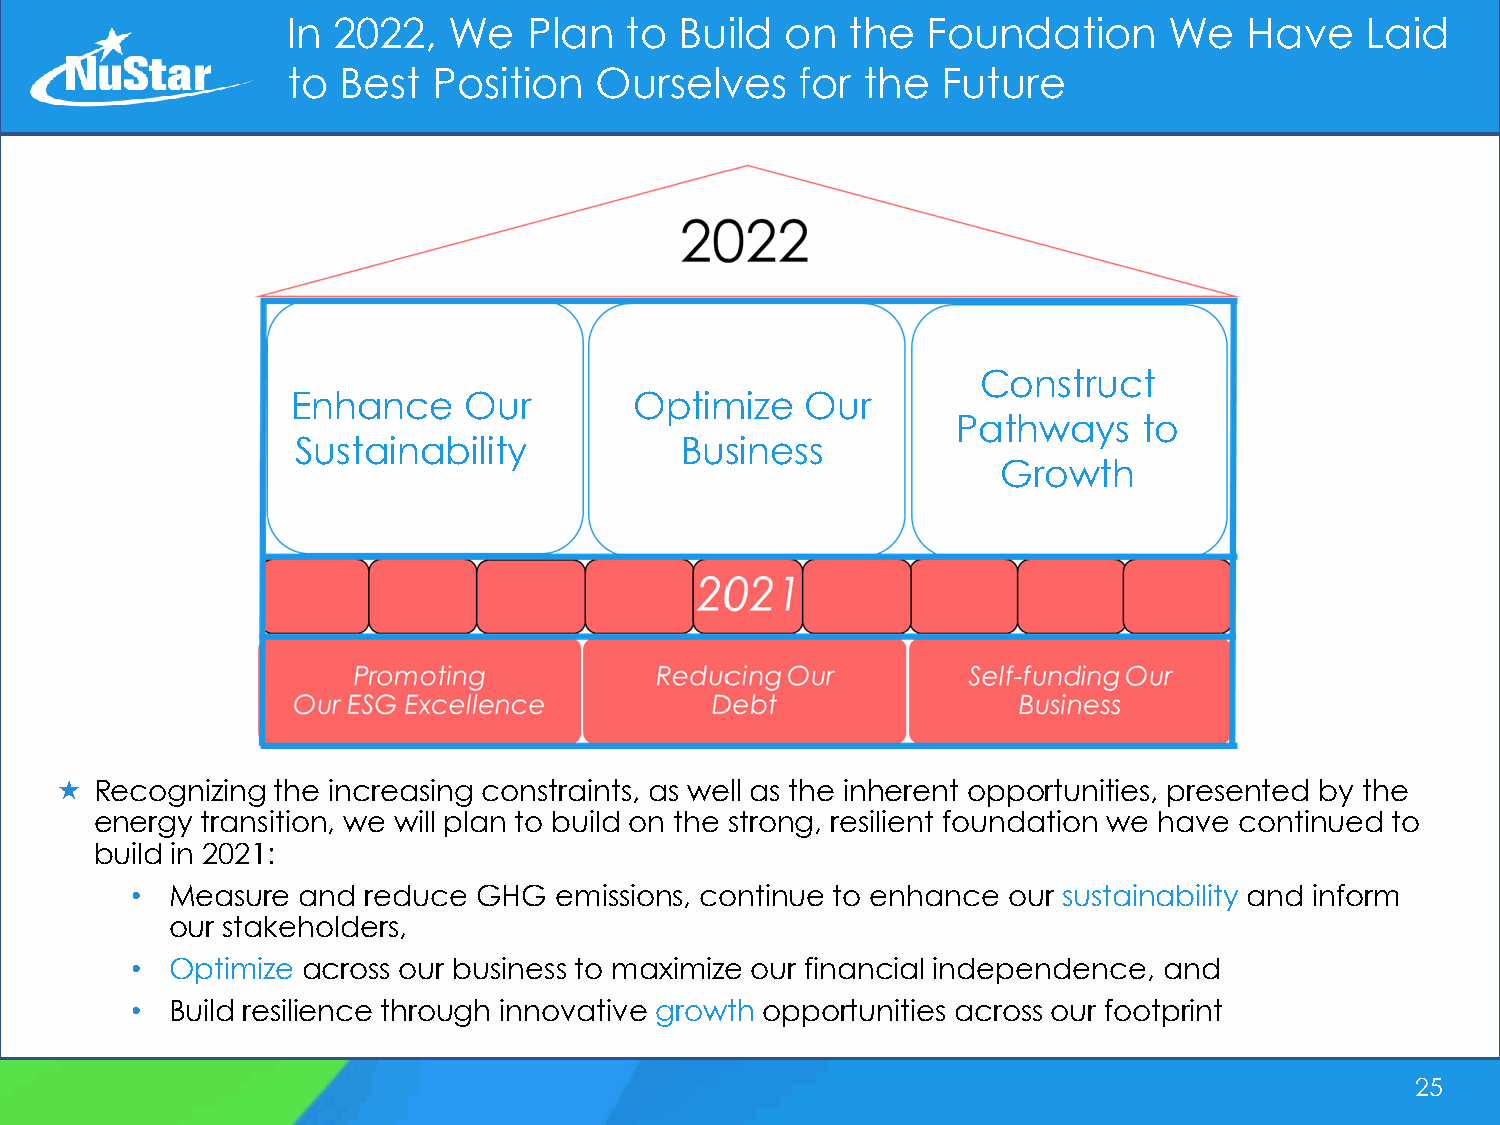
In 2022,   We   Plan  to  Build  on  the  Foundation      We    Have   Laid
 to Best   Position  Ourselves     for the  Future
 Construct
 Enhance     Our        Optimize   Our
 Pathways     to
 Sustainability           Business
 Growth
  Recognizing the increasing constraints, as well as the inherent opportunities, presented by the
 energy transition, we will plan to build on the strong, resilient foundation we have continued to
 build in 2021:
 • Measure  and reduce  GHG  emissions, continue to enhance our sustainability and inform
 our stakeholders,
 • Optimize across our business to maximize our financial independence, and
 • Build resilience through innovative growth opportunities across our footprint
 25